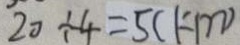
2 0 \div 4 = 5 ( k m )